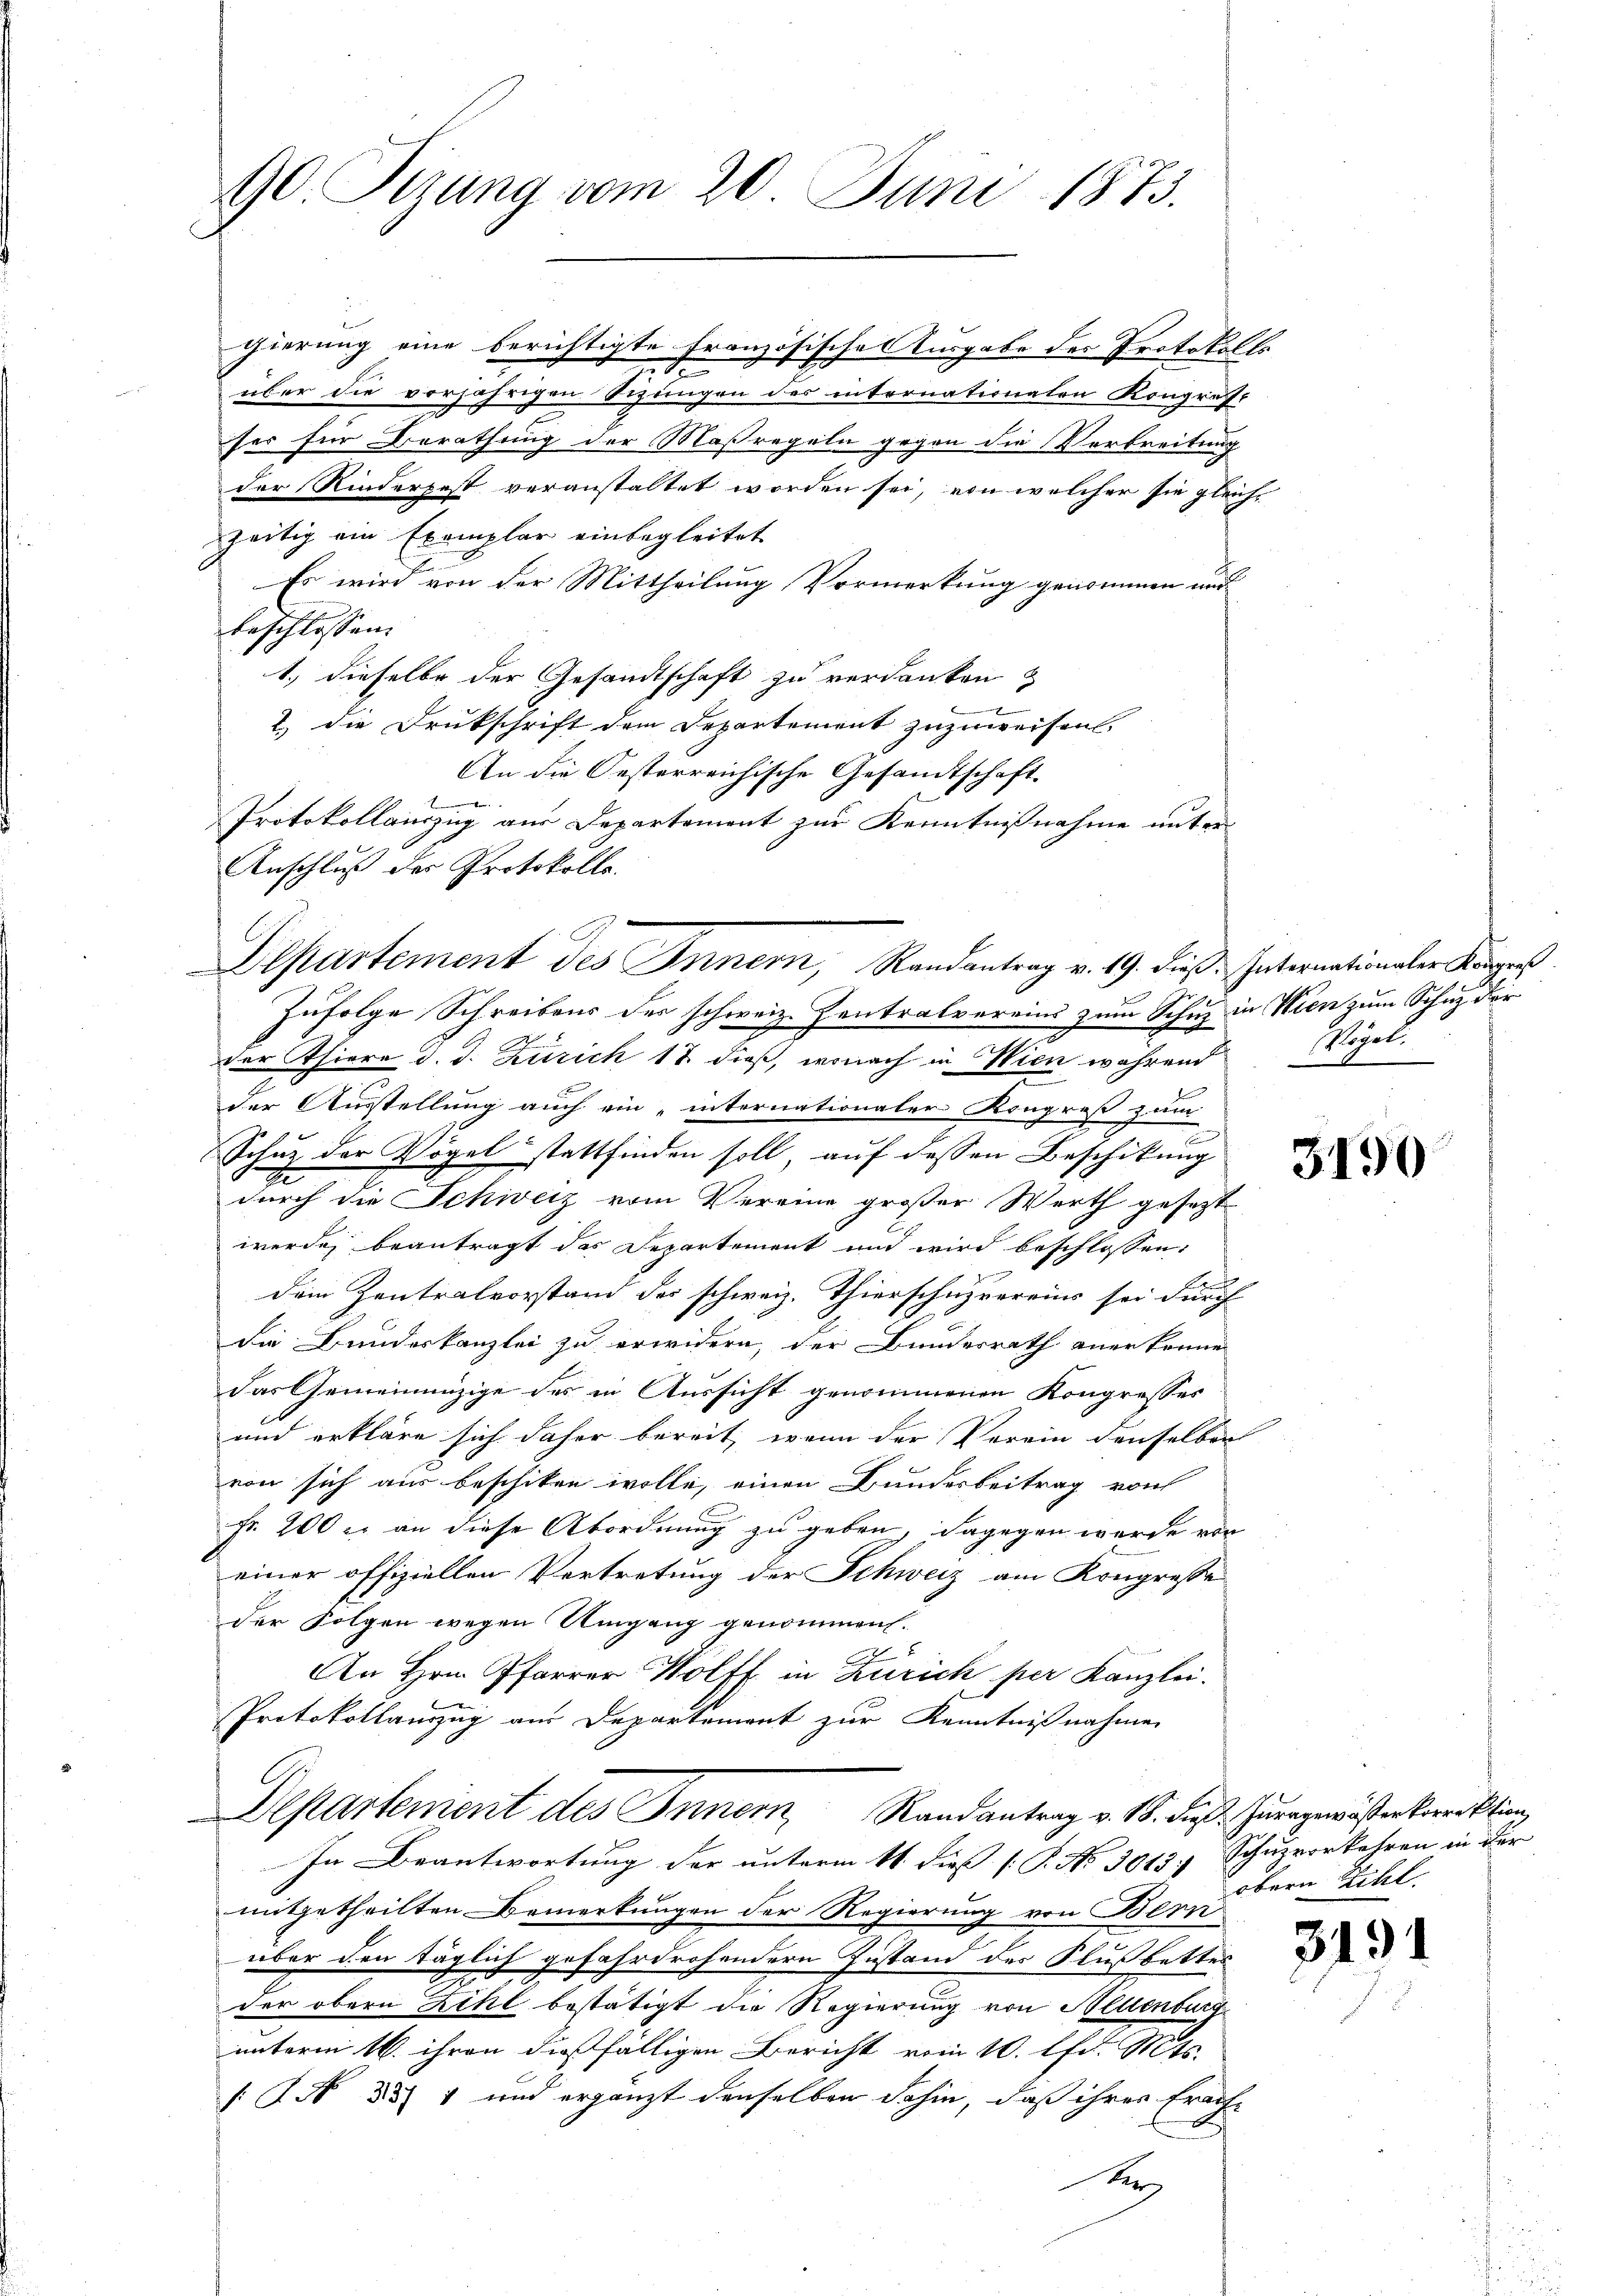
90 Sizung vom 20. Juni 1873.

gierung eine berichtigte Französische Ausgabe der Protokolls
über die vorjährigen Sizungen des internationalen Kongruft
ser für Berathung der Maßregeln gegen die Verbreitung
der Rinderpest veranstaltet worden sei, von welcher sie gleichzeitig ein Exemplar einbegleitet.
E
Es wird von der Mittheilung Vormerkung genommen und
beschlossen:
1.) dieselbe der Gesandtschaft zu verdanken &
2
2.) Die Drukschrift dem Departement zuzuweisen.
An die Oesterreichische Gesandtschaft.
Ver
Protokollanzig aus Departement zur Kenntnißnahme unter
Anschluß der Protokolls.
Zufolge Schreibens der schweiz. Zentralvereins zum Schuz in Wien zum Schutz der
der hiere d. d. Zürich 17 dieß, wonach in Wien während
der Ausstellung auch ein „internationaler Kongreß zum
Schutz der Vögel stattfinden soll, auf dessen Beschikung
durch die Schweiz vom Vereine großer Werth gesezt
werde, beantragt das Departement und wird beschlossen:
f
dem Zentralvorstand des schweiz. Thierschuzvereins sei durch
die Bundeskanzlei zu erwidern, der Bundesrath aner könne
das Gemeinnüzige des in Aussicht genommenen Kongresses
und erkläre sich daher bereit, wenn der Verein denselben
von sich aus beschiken wolle, einen Bunderbeitrag von
Fr. 200 c. an diese Abordnung zu geben, dagegen wurde vor
einer offiziellen Vertretung der Schweiz am Kongresse
der Folgen wegen Umgang genommen.
An Hrn. Pfarrer Wolff in Zürich per Kanzlei.
Protokollauszug aus Departement zur Kenntnißnahme
Departement des Innern Randantrag v. 18. dieß. Zuergewösterkoren klin,
In Beantwortung der unterm 11. dieß [P. No 3013, Schuzvorkehren in der
mitgetheilten Bemerkungen der Regierung von Bern
über den täglich gefahrdrohendern Zustand des Flußbettes
der obern Richt bestätigt die Regierung von Helenburg
unterm 16. ihren dießfälligen Bericht vom 10. lfd. Mts.
[N 33) 1 und ergänzt denselben dahin, daß ihres Erauf-
Ar

Departement des Innern, Randantrag v. 19. dieß. Internationaler Körper

Vögel.

3190

obern Zihl.

3191